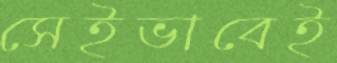
সেইভাবেই